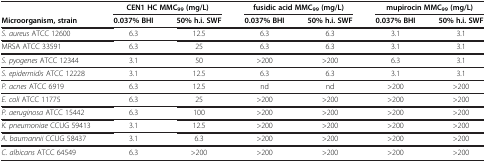
<table><thead><tr><td><b> </b></td><td colspan="2"><b>CEN1 HC MMC <sub>99</sub>(mg/L)</b></td><td colspan="2"><b>fusidic acid MMC<sub>99 </sub>(mg/L)</b></td><td colspan="2"><b>mupirocin MMC<sub>99 </sub>(mg/L)</b></td></tr><tr><td><b>Microorganism, strain</b></td><td><b>0.037% BHI</b></td><td><b>50% h.i. SWF</b></td><td><b>0.037% BHI</b></td><td><b>50% h.i. SWF</b></td><td><b>0.037% BHI</b></td><td><b>50% h.i. SWF</b></td></tr></thead><tbody><tr><td><i>S. aureus </i>ATCC 12600</td><td>6.3</td><td>12.5</td><td>6.3</td><td>6.3</td><td>3.1</td><td>3.1</td></tr><tr><td>MRSA ATCC 33591</td><td>6.3</td><td>25</td><td>6.3</td><td>6.3</td><td>3.1</td><td>3.1</td></tr><tr><td><i>S. pyogenes </i>ATCC 12344</td><td>3.1</td><td>50</td><td>&gt;200</td><td>&gt;200</td><td>6.3</td><td>3.1</td></tr><tr><td><i>S. epidermidis </i>ATCC 12228</td><td>3.1</td><td>12.5</td><td>6.3</td><td>6.3</td><td>3.1</td><td>3.1</td></tr><tr><td><i>P. acnes </i>ATCC 6919</td><td>6.3</td><td>12.5</td><td>nd</td><td>nd</td><td>&gt;200</td><td>&gt;200</td></tr><tr><td><i>E. coli </i>ATCC 11775</td><td>6.3</td><td>25</td><td>&gt;200</td><td>&gt;200</td><td>&gt;200</td><td>&gt;200</td></tr><tr><td><i>P. aeruginosa </i>ATCC 15442</td><td>6.3</td><td>100</td><td>&gt;200</td><td>&gt;200</td><td>&gt;200</td><td>&gt;200</td></tr><tr><td><i>K. pneumoniae </i>CCUG 59413</td><td>3.1</td><td>12.5</td><td>&gt;200</td><td>&gt;200</td><td>&gt;200</td><td>&gt;200</td></tr><tr><td><i>A. baumannii </i>CCUG 58437</td><td>3.1</td><td>6.3</td><td>&gt;200</td><td>&gt;200</td><td>&gt;200</td><td>&gt;200</td></tr><tr><td><i>C. albicans </i>ATCC 64549</td><td>6.3</td><td>&gt;200</td><td>&gt;200</td><td>&gt;200</td><td>&gt;200</td><td>&gt;200</td></tr></tbody></table>